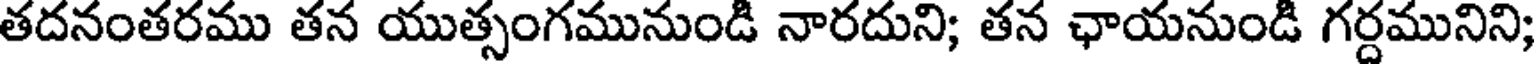
తదనంతరము తన యుత్సంగమునుండి నారదుని; తన ఛాయనుండి గర్దమునిని;